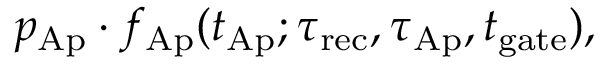
p _ { \mathrm { A p } } \cdot f _ { \mathrm { A p } } ( t _ { \mathrm { A p } } ; \tau _ { \mathrm { r e c } } , \tau _ { \mathrm { A p } } , t _ { \mathrm { g a t e } } ) ,